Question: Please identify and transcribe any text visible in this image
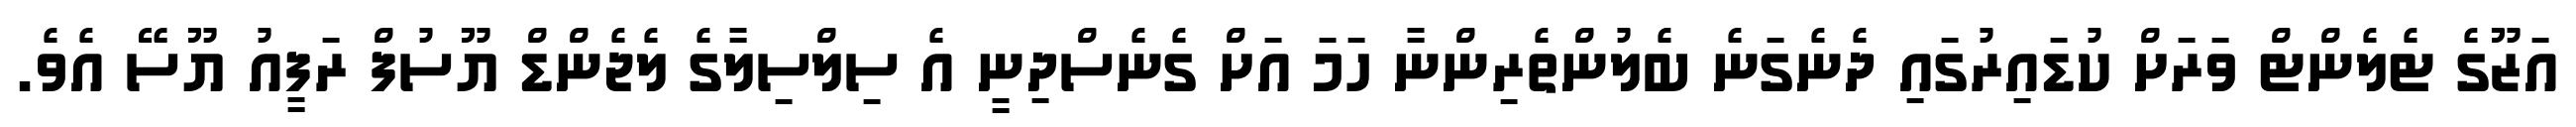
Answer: އަޒޫގެ ޓެލެންޓް ވަރަށް ކުޑައިރުގައި ދެނެގަނެ ބެލުންތެރިންނާ ހަމަ އަށް ގެނެސްދިނީ އެ ސިލްސިލާގެ ލެޖެންޑް ޔޫސުފް ރަފީއު ޔޫސޭ އެވެ.